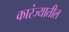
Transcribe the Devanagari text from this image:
कारंज्यातील